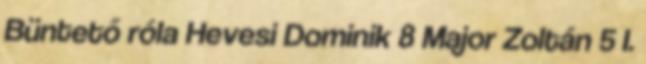
Büntető róla Hevesi Dominik 8 Major Zoltán 5 I.